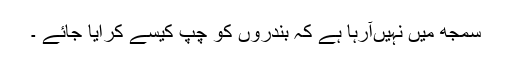
سمجھ میں نہیںآرہا ہے کہ بندروں کو چپ کیسے کرایا جائے ۔